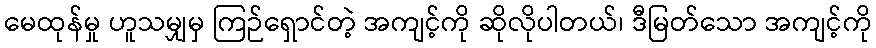
မေထုန်မှု ဟူသမျှမှ ကြဉ်ရှောင်တဲ့ အကျင့်ကို ဆိုလိုပါတယ်၊ ဒီမြတ်သော အကျင့်ကို